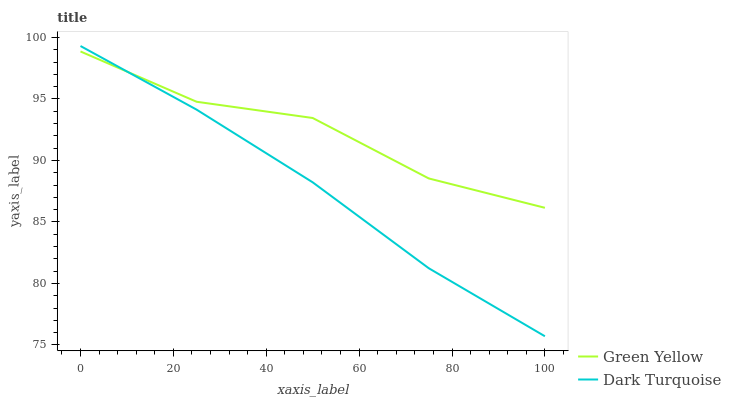
| xaxis_label | Green Yellow | Dark Turquoise |
 | --- | --- | --- |
 | 0 | 98.9 | 99.3 |
 | 25 | 94.8 | 94.1 |
 | 50 | 93.5 | 88.2 |
 | 75 | 88.5 | 81.2 |
 | 100 | 86.2 | 75.7 |